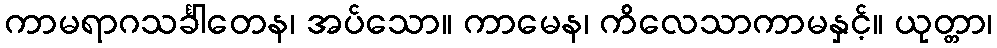
ကာမရာဂသင်္ခါတေန၊ အပ်သော။ ကာမေန၊ ကိလေသာကာမနှင့်။ ယုတ္တာ၊